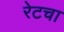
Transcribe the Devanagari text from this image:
रेटचा